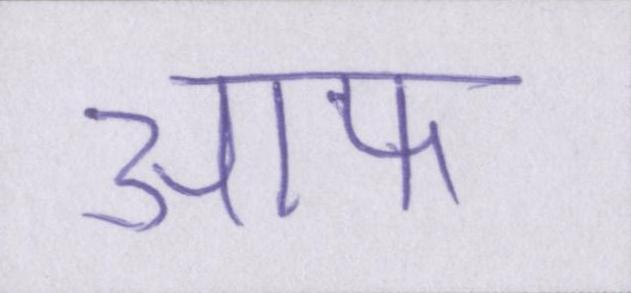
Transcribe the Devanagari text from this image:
आफ